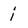
Character: i